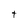
Character: t